Insane asylums in Bengal annual reports 1867-1875 - 1867-1875
Year: 1867
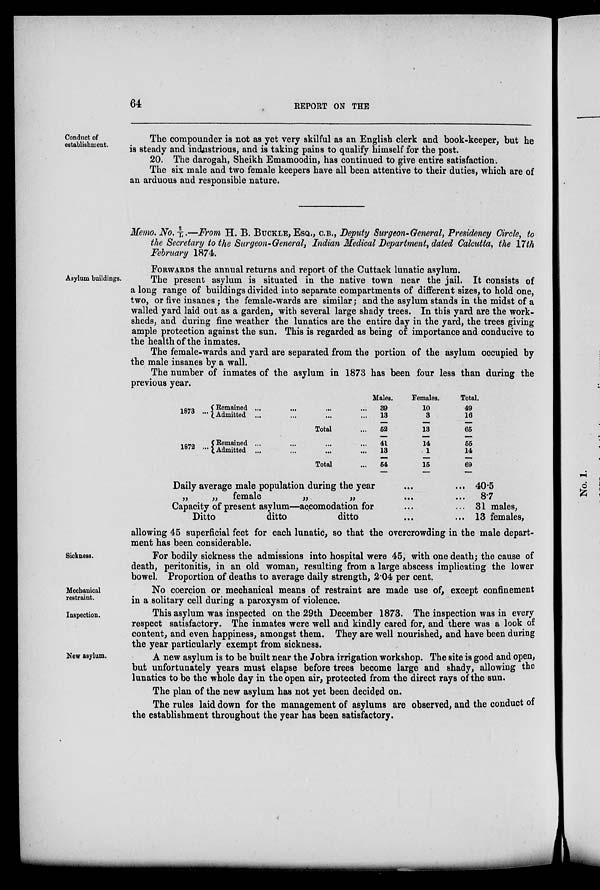
64
REPORT ON THE
Conduct of
establishment.
The compounder is not as yet very skilful as an English clerk and book-keeper, but he
is steady and industrious, and is taking pains to qualify himself for the post.
20. The darogah, Sheikh Emamoodin, has continued to give entire satisfaction.
The six male and two female keepers have all been attentive to their duties, which are of
an arduous and responsible nature.
Memo. No.2/L.—From H. B. BUCKLE, ESQ., C.B., Deputy Surgeon-General, Presidency Circle, to
the Secretary to the Surgeon-General, Indian Medical Department, dated Calcutta, the 17th
February 1874.
FORWARDS the annual returns and report of the Cuttack lunatic asylum.
Asylum buildings.
The present asylum is situated in the native town near the jail. It consists of
a long range of buildings divided into separate compartments of different sizes, to hold one,
two, or five insanes; the female-wards are similar; and the asylum stands in the midst of a
walled yard laid out as a garden, with several large shady trees. In this yard are the work-
sheds, and during fine weather the lunatics are the entire day in the yard, the trees giving
ample protection against the sun. This is regarded as being of importance and conducive to
the health of the inmates.
The female-wards and yard are separated from the portion of the asylum occupied by
the male insanes by a wall.
The number of inmates of the asylum in 1873 has been four less than during the
previous year.
1873 ... Remained ... ... ... ...
Admitted ... ... ... ...
Total ...
1872 ...
Remained ... ... ... ...
Admitted ... ... ... ...
Total ...
Males.
39
13
52
41
13
54
Females.
10
3
13
14
1
15
Total.
49
16
65
55
14
69
Daily average male population during the year ... ...
„
„ female
„
„
...
...
Capacity of present asylum—accomodation for ... ...
Ditto
ditto
ditto ... ...
40.5
87
31 males,
13 females,
allowing 45 superficial feet for each lunatic, so that the overcrowding in the male depart-
ment has been considerable.
Sickness.
For bodily sickness the admissions into hospital were 45, with one death; the cause of
death, peritonitis, in an old woman, resulting from a large abscess implicating the lower
bowel. Proportion of deaths to average daily strength, 2.04 per cent.
Mechanical
restraint.
No coercion or mechanical means of restraint are made use of, except confinement
in a solitary cell during a paroxysm of violence.
Inspection.
This asylum was inspected on the 29th December 1873. The inspection was in every
respect satisfactory. The inmates were well and kindly cared for, and there was a look of
content, and even happiness, amongst them. They are well nourished, and have been during
the year particularly exempt from sickness.
New asylum.
A new asylum is to be built near the Jobra irrigation workshop. The site is good and open,
but unfortunately years must elapse before trees become large and shady, allowing the
lunatics to be the whole day in the open air, protected from the direct rays of the sun.
The plan of the new asylum has not yet been decided on.
The rules laid down for the management of asylums are observed, and the conduct of
the establishment throughout the year has been satisfactory.